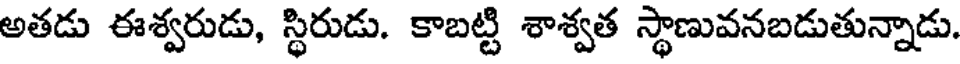
అతడు ఈశ్వరుడు, స్థిరుడు. కాబట్టి శాశ్వత స్థాణువనబడుతున్నాడు.